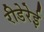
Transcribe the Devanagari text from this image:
रीडेरेई